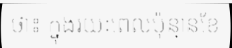
ថា៖ ក្នុងរយៈពេលប៉ុន្មានខែ